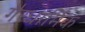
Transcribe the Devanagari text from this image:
गैरधार्मिक